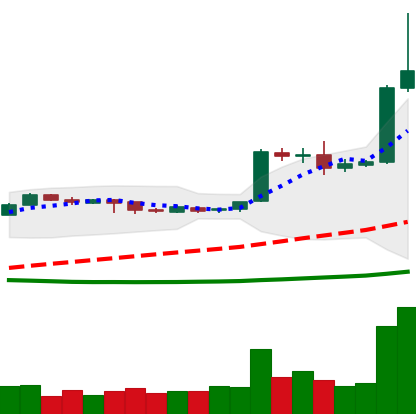
Ticker: EOS-USD
Chart end date: 2019-04-03
Forward return: 6.252%
Label: up_5_7